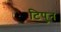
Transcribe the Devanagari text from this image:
टिपुन